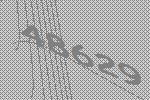
48629